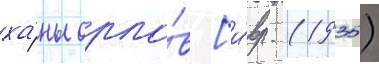
ха́ны орло́в [и́вр. (1935)